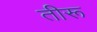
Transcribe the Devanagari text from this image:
तीरू